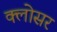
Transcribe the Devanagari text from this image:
क्लोसर